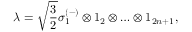
\lambda = \sqrt { \frac { 3 } { 2 } } \sigma _ { 1 } ^ { ( - ) } \otimes 1 _ { 2 } \otimes \ldots \otimes 1 _ { 2 n + 1 } ,